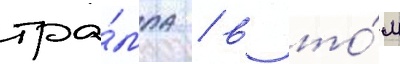
тра́мпа / в то́м